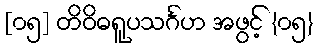
[၀၅] တိဝိဓရူပသင်္ဂဟ အဖွင့် {၀၅}